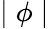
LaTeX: \mid\phi\mid